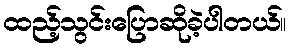
ထည့်သွင်းပြောဆိုခဲ့ပါတယ်။